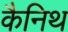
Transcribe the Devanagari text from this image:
कैनिथ